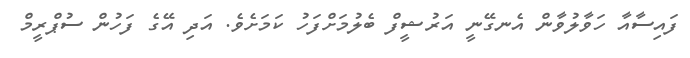
ފައިސާއާ ހަވާލުވާން އެނގޭނީ އަރުޝީފް ބެލުމަށްފަހު ކަމަށެވެ. އަދި އޭގެ ފަހުން ސުޕްރީމް